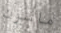
ماسون